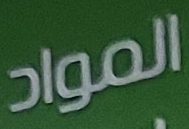
المواد